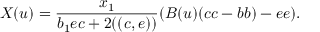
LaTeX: X ( u ) = \frac { x _ { 1 } } { b _ { 1 } e c + 2 ( ( c , e ) ) } ( B ( u ) ( c c - b b ) - e e ) .